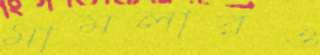
মামলারও